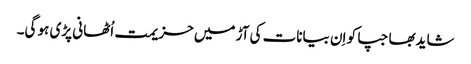
شایدبھاجپا کو اِن بیانات کی آڑ میں حزیمت اُٹھانی پڑی ہو گی۔